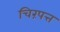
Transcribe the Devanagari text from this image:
चिरंपत्त